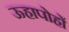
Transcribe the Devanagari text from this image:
ऊहापोहों